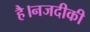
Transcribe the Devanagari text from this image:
है।नजदीकी